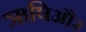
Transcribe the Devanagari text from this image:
ऋषिऔर